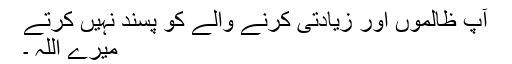
آپ ظالموں اور زیادتی کرنے والے کو پسند نہیں کرتے
میرے اللہ ۔